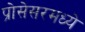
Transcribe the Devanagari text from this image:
प्रोसेसरमध्ये